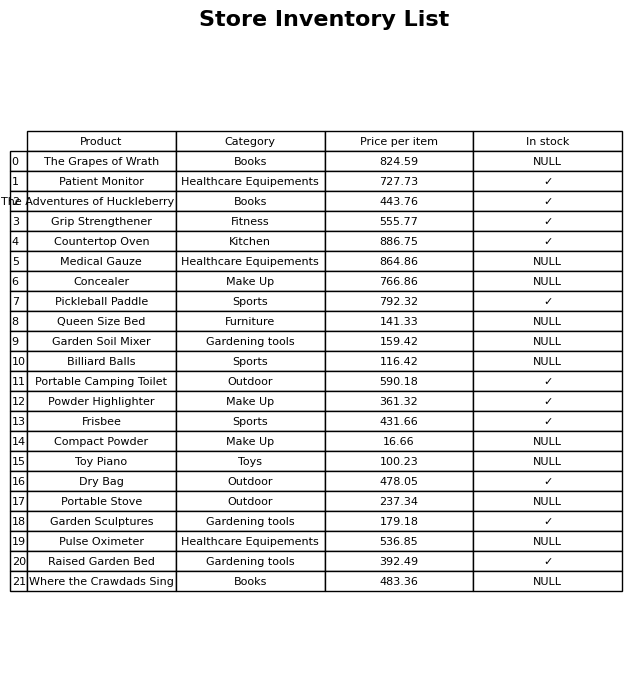
question: Is the Grip Strengthener in stock?
answer: ✓